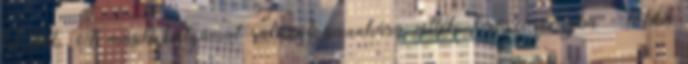
között. A másik bátyámat rabszolgamunkára vitték Oroszországba - többé